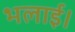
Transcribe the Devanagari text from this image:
भलाई।